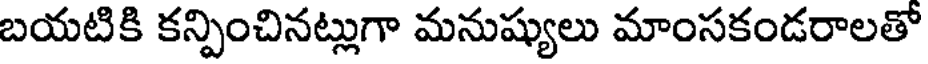
బయటికి కన్పించినట్లుగా మనుష్యులు మాంసకండరాలతో